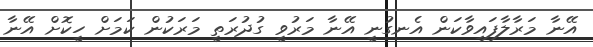
އޭނާ މަރާލާފައިވާކަން އެނގުނީ އޭނާ މަރުވީ ގުދުރަތީ މަރަކުން ކަމަށް ހީކޮށް އޭނާ